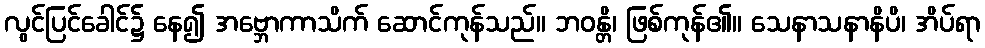
လွင်ပြင်ခေါင်၌ နေ၍ အဗ္ဘောကာသိက် ဆောင်ကုန်သည်။ ဘဝန္တိ၊ ဖြစ်ကုန်၏။ သေနာသနာနိပိ၊ အိပ်ရာ